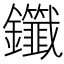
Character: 𫓤